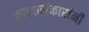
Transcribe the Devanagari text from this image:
काव्यालंकारांनी